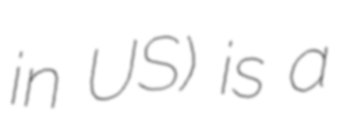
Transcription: in US) is a